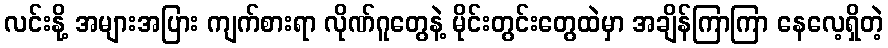
လင်းနို့ အများအပြား ကျက်စားရာ လိုဏ်ဂူတွေနဲ့ မိုင်းတွင်းတွေထဲမှာ အချိန်ကြာကြာ နေလေ့ရှိတဲ့